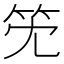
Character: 𥫹